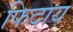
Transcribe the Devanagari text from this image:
फिदाय